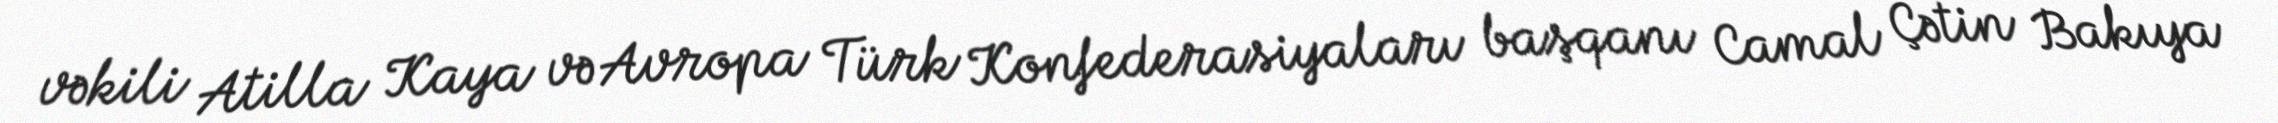
vəkili Atilla Kaya və Avropa Türk Konfederasiyaları başqanı Camal Çətin Bakıya